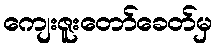
ကျေးဇူးတော်ခေတ်မှ